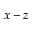
x - z